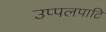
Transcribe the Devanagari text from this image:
उप्पलपाटि